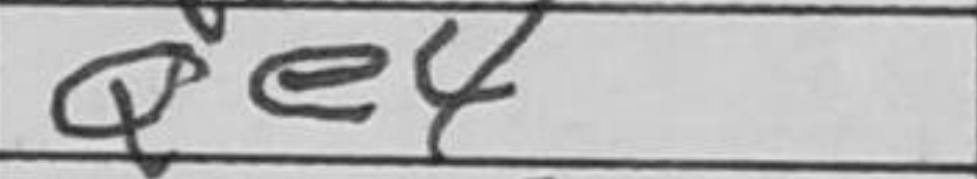
Transcription: Qe4